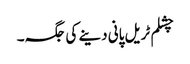
چشلم ٹریل پانی دینے کی جگہ۔